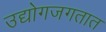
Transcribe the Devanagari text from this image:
उद्योगजगतात